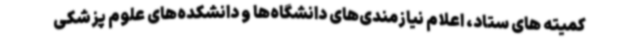
کمیته های ستاد، اعلام نیازمندی‌های دانشگاه‌ها و دانشکده‌های علوم پزشکی